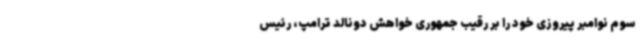
سوم نوامبر پیروزی خود را بر رقیب جمهوری خواهش دونالد ترامپ، رئیس